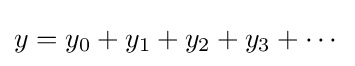
y=y_{0}+y_{1}+y_{2}+y_{3}+\cdots